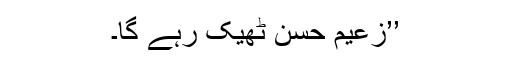
’’زعیم حسن ٹھیک رہے گا۔